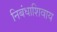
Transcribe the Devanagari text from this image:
निबंधाशिवाय